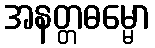
အနတ္တဓမ္မော